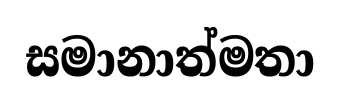
සමානාත්මතා